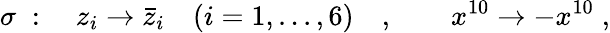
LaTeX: \sigma\; :\quad z_{i}\to\bar{z}_{i}\quad(i=1,...,6)\quad,\qquad x^{10}\to-x^{10}\; ,